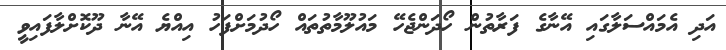
އަދި އެމައްސަލާގައި އޭނާގެ ފަރާތުން ހޯދަންޖެހޭ މައުލޫމާތުތައް ހޯދުމަށްފަހު އިއްޔެ އޭނާ ދޫކޮށްލާފައިވީ